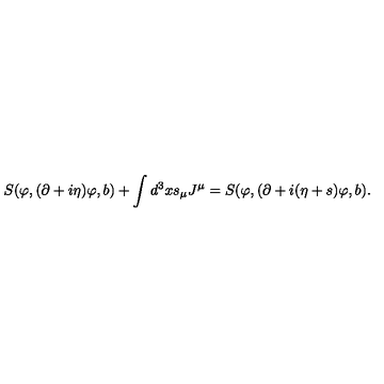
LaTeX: S ( \varphi , ( \partial + i \eta ) \varphi , b ) + \int d ^ { 3 } x s _ { \mu } J ^ { \mu } = S ( \varphi , ( \partial + i ( \eta + s ) \varphi , b ) .